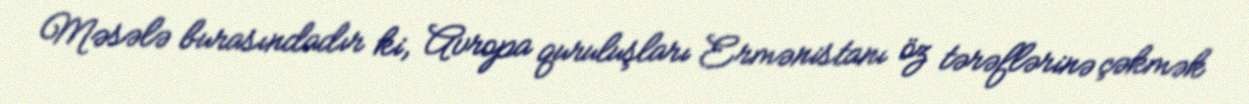
Məsələ burasındadır ki, Avropa quruluşları Ermənistanı öz tərəflərinə çəkmək